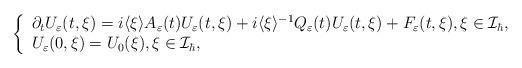
LaTeX: \begin{align*}\left\{\begin{array}{l}\partial_{t} U_{\varepsilon}(t,\xi)=i \langle\xi\rangle A_{\varepsilon}(t) U_{\varepsilon}(t,\xi)+i\langle\xi\rangle^{-1}Q_{\varepsilon}(t) U_{\varepsilon}(t,\xi)+F_{\varepsilon}(t,\xi),\xi\in \mathcal{I}_{\hbar}, \\U_{\varepsilon}(0,\xi)=U_{0}(\xi),\xi\in\mathcal{I}_{\hbar},\end{array}\right.\end{align*}